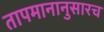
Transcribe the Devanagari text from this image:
तापमानानुसारच